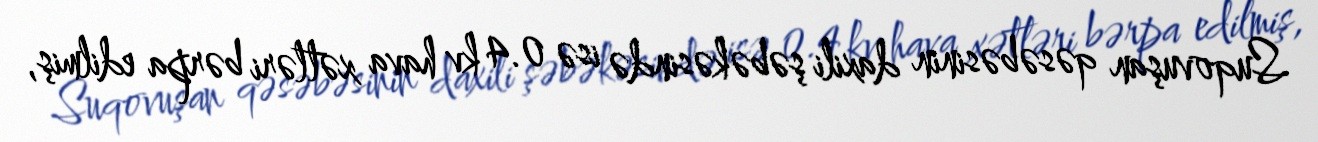
Suqovuşan qəsəbəsinin daxili şəbəkəsində isə 0.4 kv hava xətləri bərpa edilmiş,